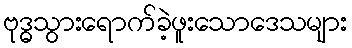
ဗုဒ္ဓသွားရောက်ခဲ့ဖူးသောဒေသများ